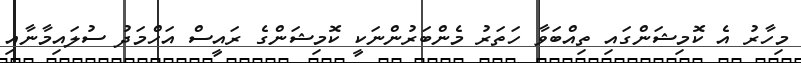
މިހާރު އެ ކޮމިޝަންގައި ތިއްބަވާ ހަތަރު މެންބަރުންނަކީ ކޮމިޝަންގެ ރައީސް އަހްމަދު ސުލައިމާނާއި